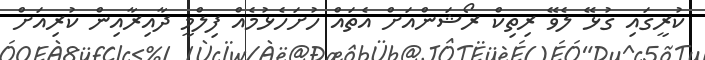
ކުރީގައި ގުޅޭ ލެވޭ ރިތިކް ރޯޝަންއަށް އެތައް ހުށަހެޅުމެއް ފިލްމީ ދާއިރާއިން ކުރިއަށް